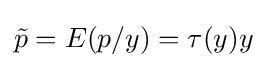
{\tilde {p}}=E(p/y)=\tau (y)y